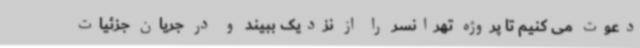
دعوت می کنیم تا پروژه تهرانسر را از نزدیک ببیند و در جریان جزئیات